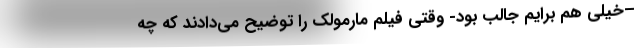
–خیلی هم برایم جالب بود- وقتی فیلم مارمولک را توضیح می‌دادند که چه